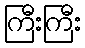
ကြီးကြီး